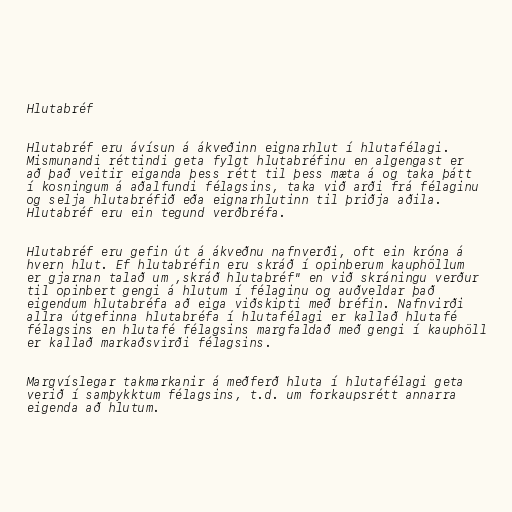
Hlutabréf

Hlutabréf eru ávísun á ákveðinn eignarhlut í hlutafélagi.
Mismunandi réttindi geta fylgt hlutabréfinu en algengast er
að það veitir eiganda þess rétt til þess mæta á og taka þátt
í kosningum á aðalfundi félagsins, taka við arði frá félaginu
og selja hlutabréfið eða eignarhlutinn til þriðja aðila.
Hlutabréf eru ein tegund verðbréfa.

Hlutabréf eru gefin út á ákveðnu nafnverði, oft ein króna á
hvern hlut. Ef hlutabréfin eru skráð í opinberum kauphöllum
er gjarnan talað um ,skráð hlutabréf" en við skráningu verður
til opinbert gengi á hlutum í félaginu og auðveldar það
eigendum hlutabréfa að eiga viðskipti með bréfin. Nafnvirði
allra útgefinna hlutabréfa í hlutafélagi er kallað hlutafé
félagsins en hlutafé félagsins margfaldað með gengi í kauphöll
er kallað markaðsvirði félagsins.

Margvíslegar takmarkanir á meðferð hluta í hlutafélagi geta
verið í samþykktum félagsins, t.d. um forkaupsrétt annarra
eigenda að hlutum.